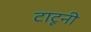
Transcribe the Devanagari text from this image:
टाटूनी